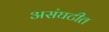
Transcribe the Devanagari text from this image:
असंघटीत